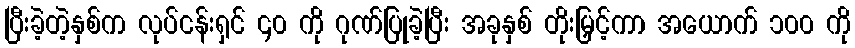
ပြီးခဲ့တဲ့နှစ်က လုပ်ငန်းရှင် ၄၀ ကို ဂုဏ်ပြုခဲ့ပြီး အခုနှစ် တိုးမြှင့်ကာ အယောက် ၁၀၀ ကို